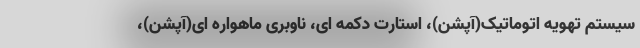
سیستم تهویه اتوماتیک(آپشن)، استارت دکمه ای، ناوبری ماهواره ای(آپشن)،